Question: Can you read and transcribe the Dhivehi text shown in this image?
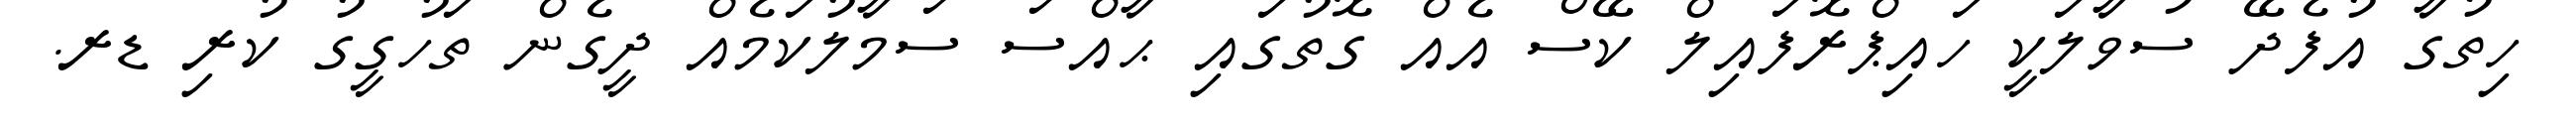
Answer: ހިތުގާ އުފެދޭ ސުވާލަކީ ހައިޕްރޮފައިލް ކޭސް އެއް ގޮތުގައި ޙާއްސަ ސަމާލުކަމެއް ދީގެން ތަހުގީގު ކުރި ޑރ.